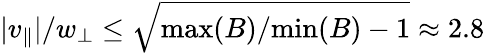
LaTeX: |v_{\parallel}|/w_{\perp}\leq\sqrt{\mathrm{max}(B)/\mathrm{min}(B)-1}\approx 2.8